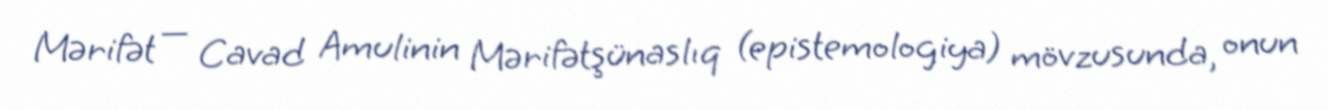
Mərifət — Cavad Amulinin Mərifətşünaslıq (epistemologiya) mövzusunda, onun